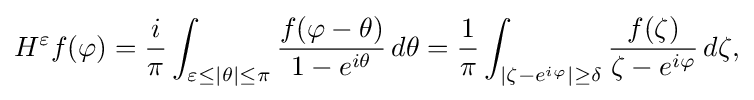
\displaystyle {H^{\varepsilon }f(\varphi )={i \over \pi }\int _{\varepsilon \leq |\theta |\leq \pi }{f(\varphi -\theta ) \over 1-e^{i\theta }}\,d\theta ={1 \over \pi }\int _{|\zeta -e^{i\varphi }|\geq \delta }{f(\zeta ) \over \zeta -e^{i\varphi }}\,d\zeta ,}